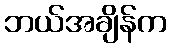
ဘယ်အချိန်က